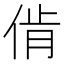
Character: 𱎳